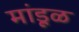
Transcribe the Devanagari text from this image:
मांडूळ